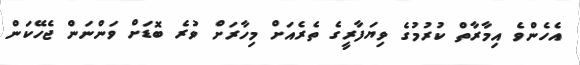
އެހެންވެ އިމާރާތް ކުރުމުގެ ވިޔަފާރީގެ ތެރެއަށް މިހާރަށް ވުރެ ބޮޑަށް ވަންނަން ޖެހޭކަން